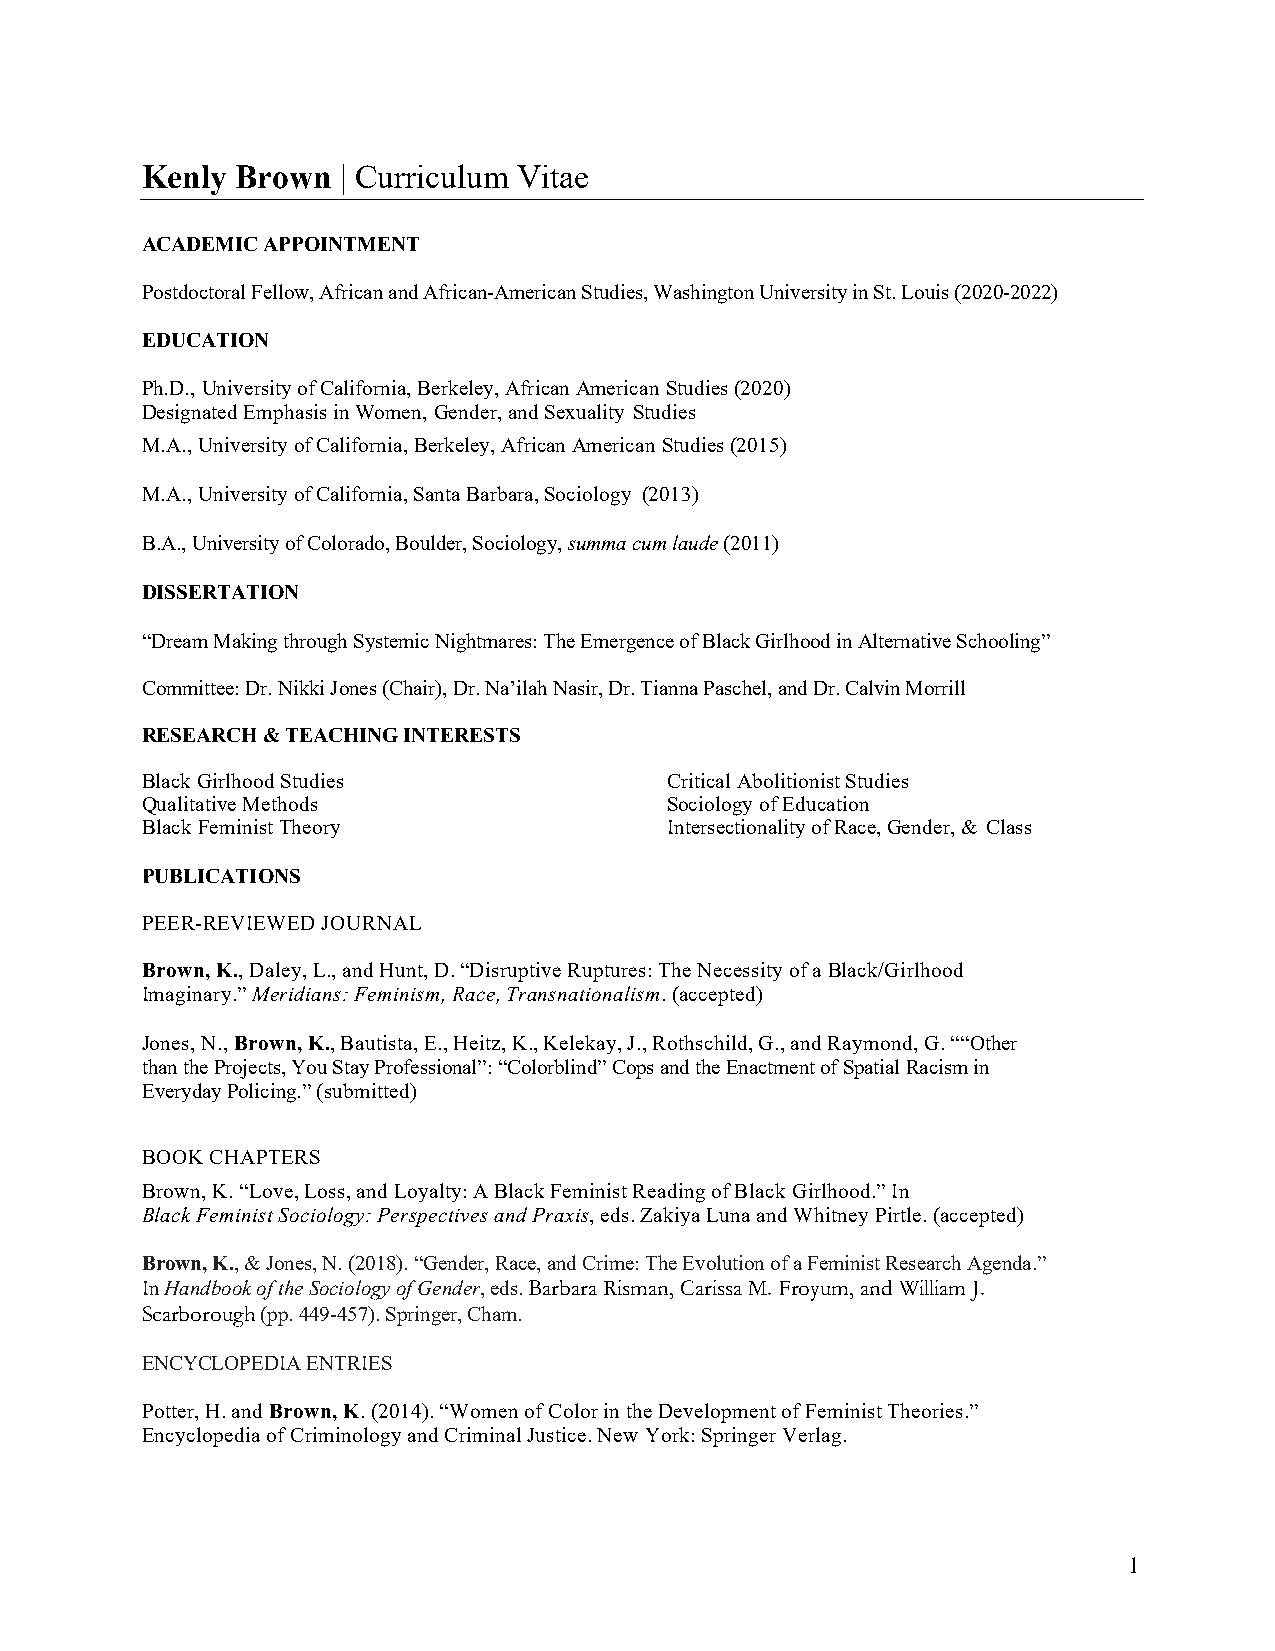
Kenly  Brown  | Curriculum Vitae
 ACADEMIC APPOINTMENT
 Postdoctoral Fellow, African and African-American Studies, Washington University in St. Louis (2020-2022)
 EDUCATION
 Ph.D., University of California, Berkeley, African American Studies (2020)
 Designated Emphasis in Women, Gender, and Sexuality Studies
 M.A., University of California, Berkeley, African American Studies (2015)
 M.A., University of California, Santa Barbara, Sociology (2013)
 B.A., University of Colorado, Boulder, Sociology, summa cum laude (2011)
 DISSERTATION
 “Dream Making through Systemic Nightmares: The Emergence of Black Girlhood in Alternative Schooling”
 Committee: Dr. Nikki Jones (Chair), Dr. Na’ilah Nasir, Dr. Tianna Paschel, and Dr. Calvin Morrill
 RESEARCH & TEACHING INTERESTS
 Black Girlhood Studies             Critical Abolitionist Studies
 Qualitative Methods                Sociology of Education
 Black Feminist Theory              Intersectionality of Race, Gender, & Class
 PUBLICATIONS
 PEER-REVIEWED JOURNAL
 Brown, K., Daley, L., and Hunt, D. “Disruptive Ruptures: The Necessity of a Black/Girlhood
 Imaginary.” Meridians: Feminism, Race, Transnationalism. (accepted)
 Jones, N., Brown, K., Bautista, E., Heitz, K., Kelekay, J., Rothschild, G., and Raymond, G. ““Other
 than the Projects, You Stay Professional”: “Colorblind” Cops and the Enactment of Spatial Racism in
 Everyday Policing.” (submitted)
 BOOK CHAPTERS
 Brown, K. “Love, Loss, and Loyalty: A Black Feminist Reading of Black Girlhood.” In
 Black Feminist Sociology: Perspectives and Praxis, eds. Zakiya Luna and Whitney Pirtle. (accepted)
 Brown, K., & Jones, N. (2018). “Gender, Race, and Crime: The Evolution of a Feminist Research Agenda.”
 In Handbook of the Sociology of Gender, eds. Barbara Risman, Carissa M. Froyum, and William J.
 Scarborough (pp. 449-457). Springer, Cham.
 ENCYCLOPEDIA ENTRIES
 Potter, H. and Brown, K. (2014). “Women of Color in the Development of Feminist Theories.”
 Encyclopedia of Criminology and Criminal Justice. New York: Springer Verlag.
 1